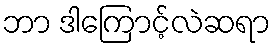
ဘာ ဒါကြောင့်လဲဆရာ